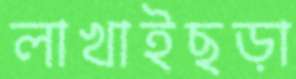
লাখাইছড়া